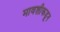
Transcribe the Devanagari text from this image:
मावशीकडून